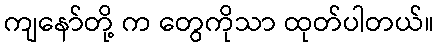
ကျနော်တို့ က တွေကိုသာ ထုတ်ပါတယ်။